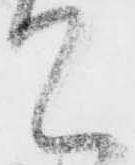
て